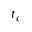
t _ { c }